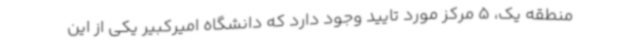
منطقه یک، 5 مرکز مورد تایید وجود دارد که دانشگاه امیرکبیر یکی از این